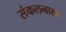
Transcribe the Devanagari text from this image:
संकलनाला